Civil Veterinary Dept. Bombay admin report 1907-1913 - 1907-1913
Year: 1907
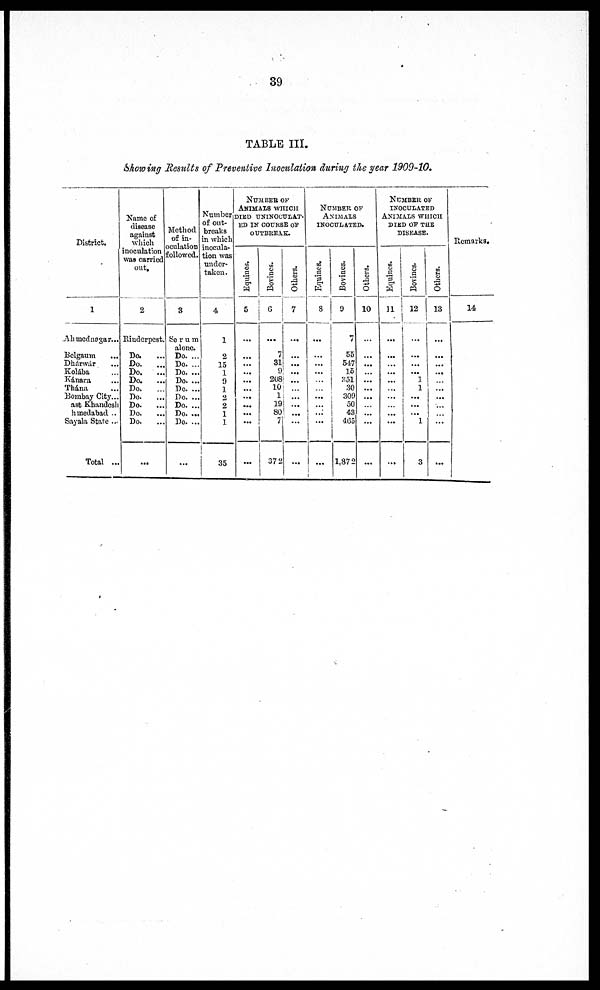
39
TABLE III.
Showing Results of Preventive Inoculation during the year 1909-10.
District.
1
Ahmednagar...
Belgauin ...
Dhárwár ...
Kolába ...
Kánara ...
Thána ...
Bombay City...
ast Khandesh ...
hmedabad ..
Sayala State ...
Total ...
Name of
disease
against
which
inoculation
was carried
out.
2
Rinderpest.
Do. ...
Do.
...
Do.
...
Do.
...
Do....
Do. ...
Do.
...
Do. ...
Do ....
...
Method
of in-
oculation
followed.
3
Se r u m
alone.
Do. ...
Do. ...
Do. ...
Do. ...
Do. ...
Do. ...
Do. ...
Do. ...
Do. ...
...
Number
of out-
breaks
in which
inocula-
tion was
under-
taken.
4
1
2
15
1
9
1
2
2
1
1
35
number of
Animals wHICH
died uninoculat-
ED IN COURSE of'
OUTBREAK.
Equiues,
5
...
...
...
...
...
...
...
...
...
...
...
Bovines.
6
...
7
31
9
208
10
1
19
80
7
372
Others.
7
...
...
...
...
...
...
...
.....
...
...
...
Number of
Animais
inoculated.
Equines.
8
...
...
...
...
...
...
...
...
...
...
...
Bovines.
9
7
55
547
15
351
30
309
50
43
465
1,872
Others.
10
...
...
...
...
...
...
...
...
...
...
...
Number of
inoculated
Animals which
died of the
DISEASE.
Equines.
11
...
...
...
...
...
...
...
...
...
...
Bovines.
12
...
...
...
...
1
1
...
...
...
1
3
Others.
13
...
...
...
...
...
...
...
...
...
...
...
Remarks.
14